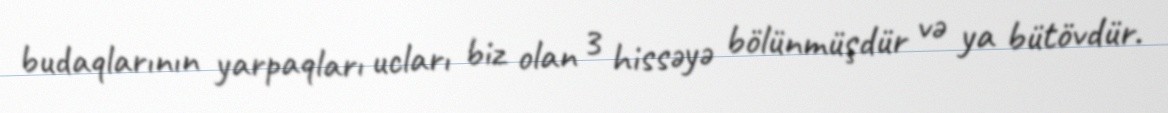
budaqlarının yarpaqları ucları biz olan 3 hissəyə bölünmüşdür və ya bütövdür.